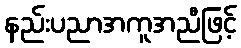
နည်းပညာအကူအညီဖြင့်